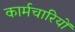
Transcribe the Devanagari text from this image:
कार्मचारियों